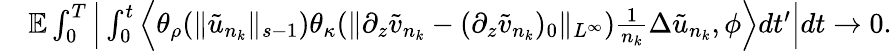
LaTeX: \begin{array}{rl}&{\mathbb E\int_{0}^{T}\Big|\int_{0}^{t}\Big\langle\theta_{\rho}(\| \tilde{u}_{n_{k}}\| _{s-1})\theta_{\kappa}(\| \partial_{z}\tilde{v}_{n_{k}}-(\partial_{z}\tilde{v}_{n_{k}})_{0}\| _{L^{\infty}})\frac 1{n_{k}}\Delta\tilde{u}_{n_{k}},\phi\Big\rangle dt^{\prime}\Big|dt\rightarrow 0.}\end{array}